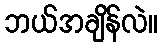
ဘယ်အချိန်လဲ။